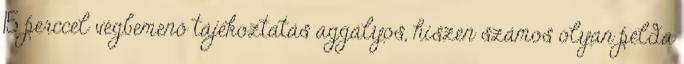
15 perccel végbemenő tájékoztatás aggályos, hiszen számos olyan példa